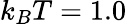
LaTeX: k_{B}T=1.0